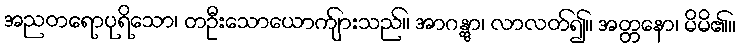
အညတရောပုရိသော၊ တဦးသောယောက်ျားသည်။ အာဂန္တွာ၊ လာလတ်၍။ အတ္တနော၊ မိမိ၏။